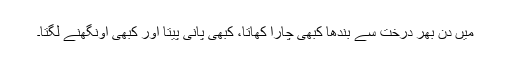
میں دن بھر درخت سے بندھا کبھی چارا کھاتا، کبھی پانی پیتا اور کبھی اونگھنے لگتا۔